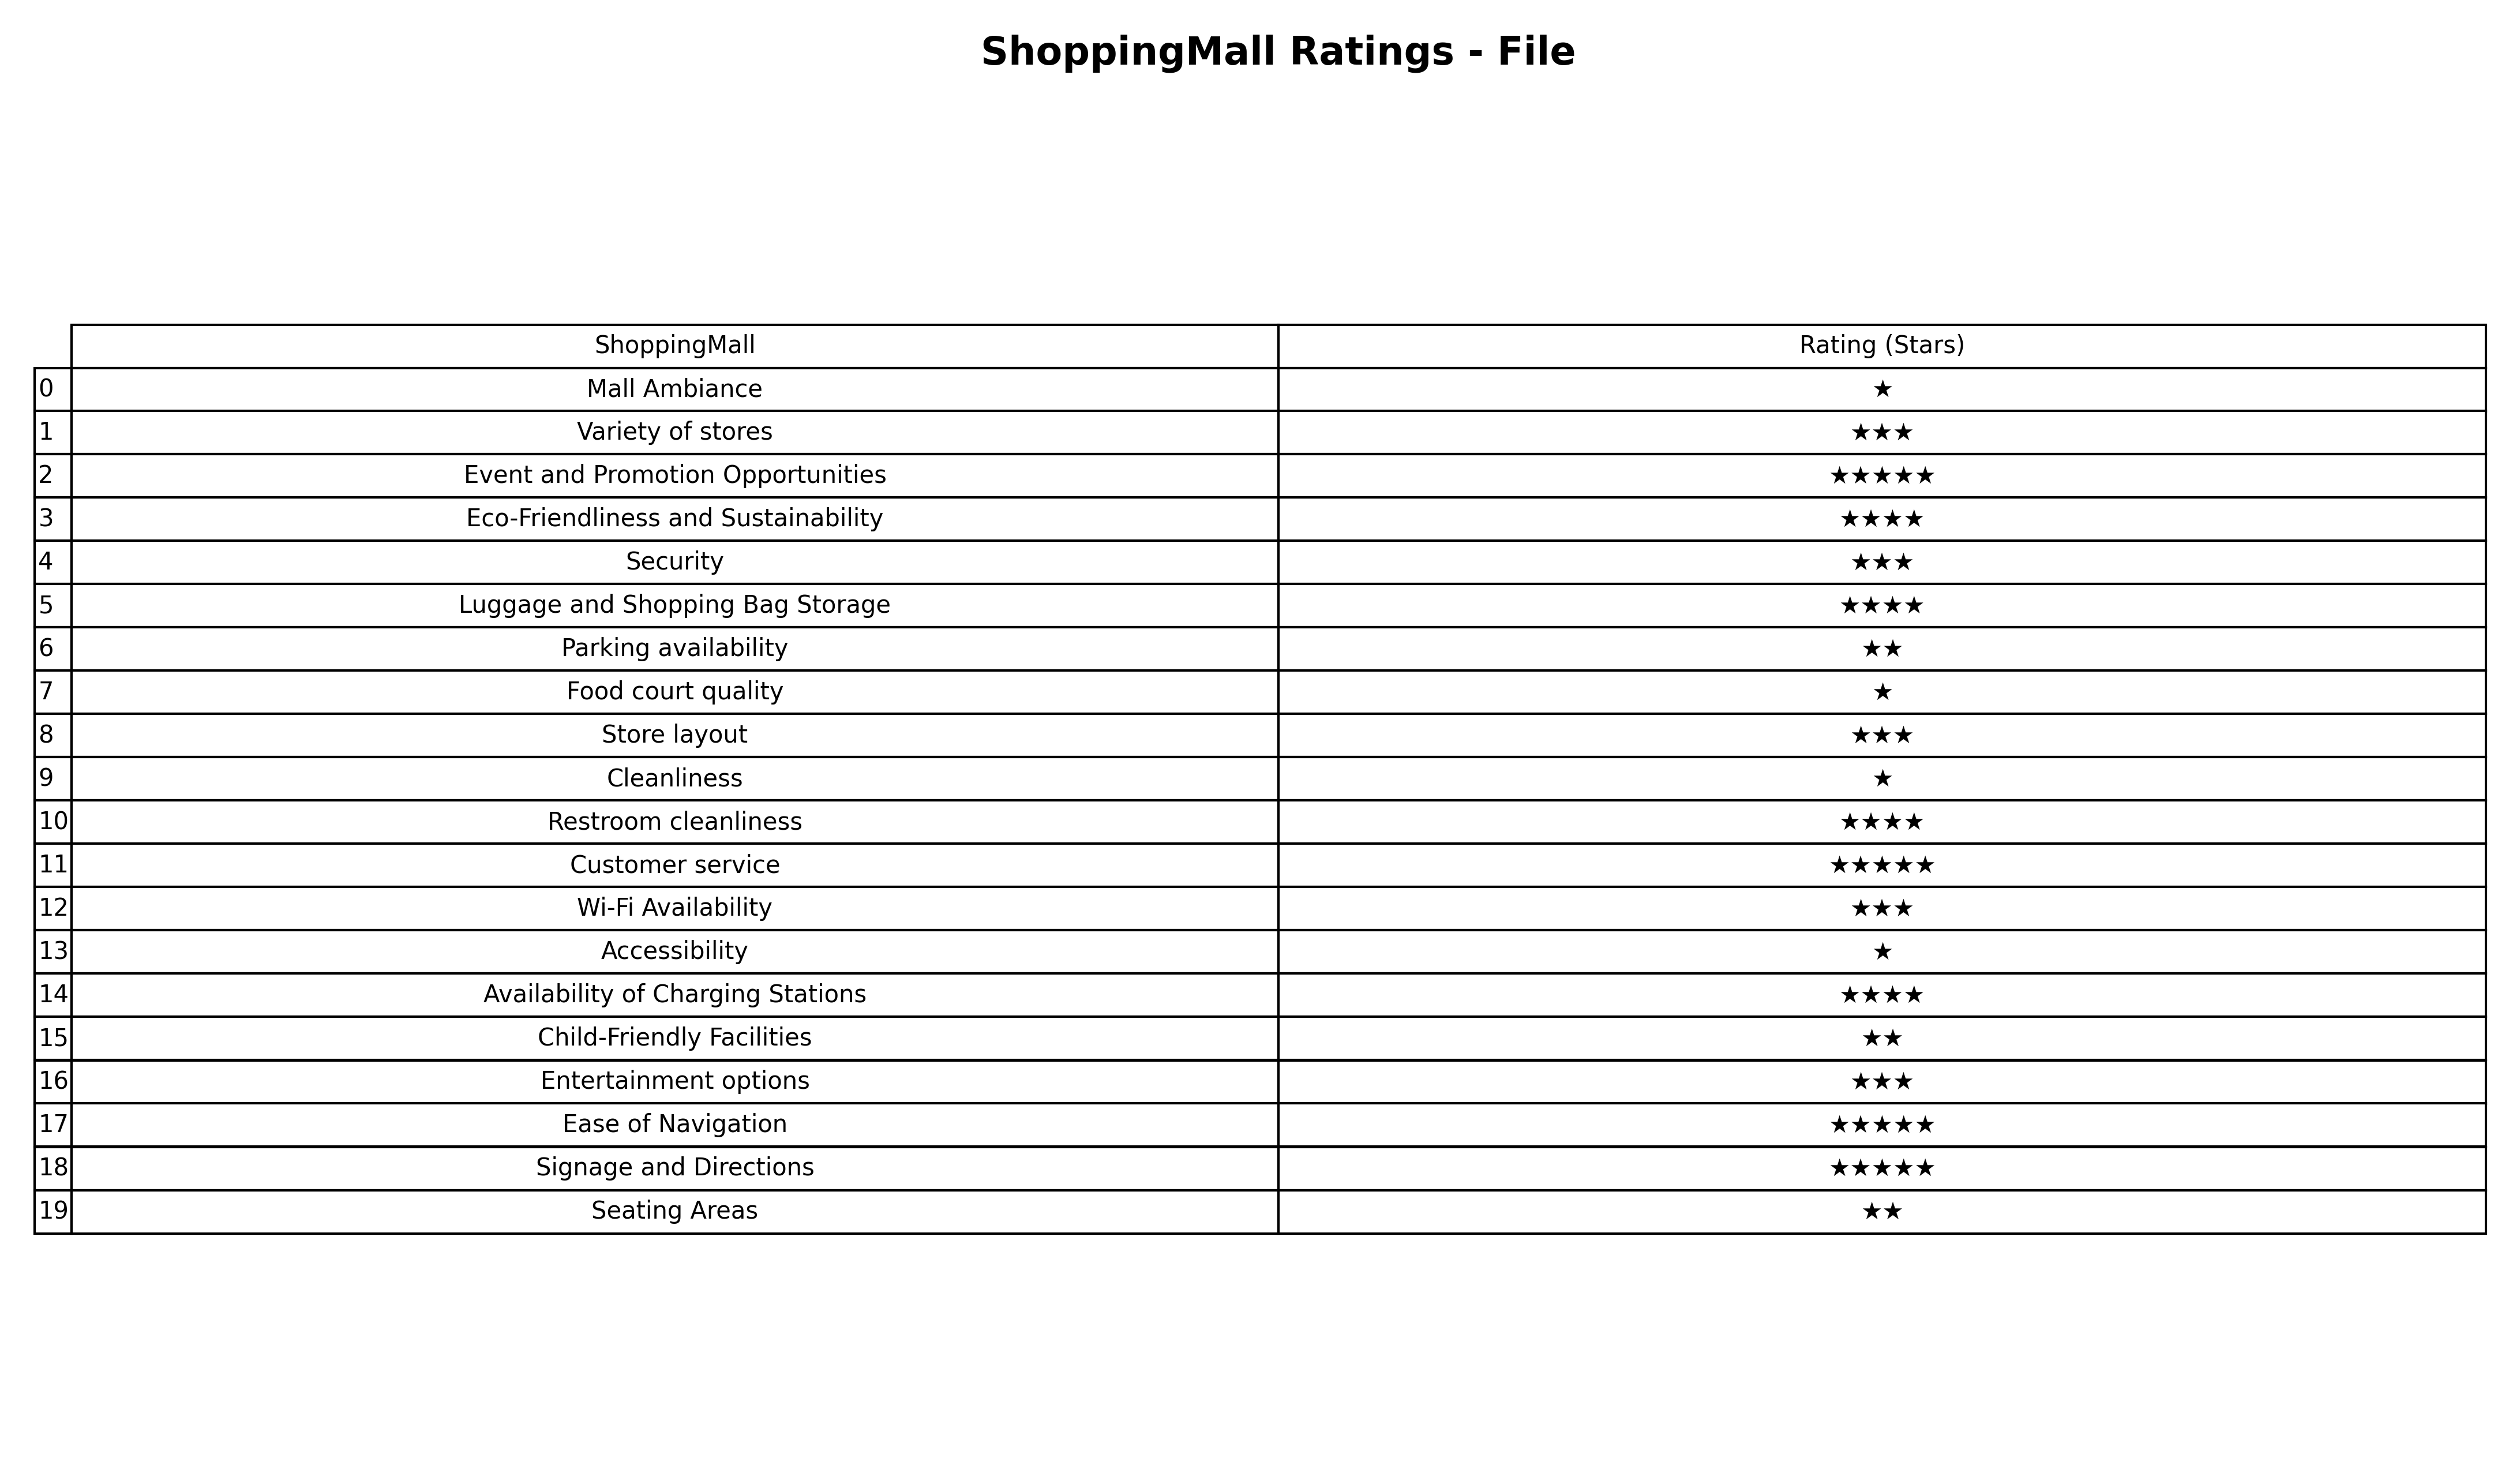
question: What is the rating of Availability of Charging Stations?
answer: ★★★★